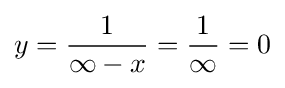
y={\frac {1}{\infty -x}}={\frac {1}{\infty }}=0